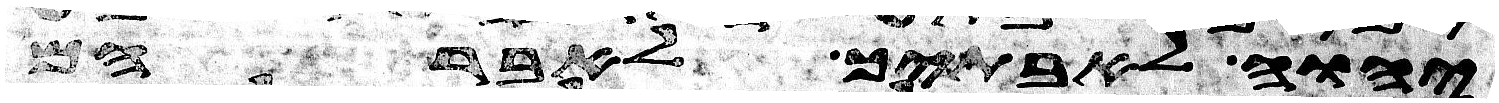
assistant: יהוה לאבתיך לאברהם